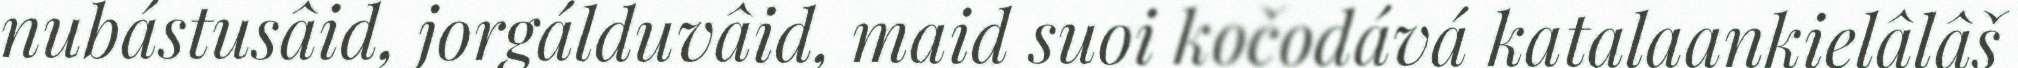
nubástusâid, jorgálduvâid, maid suoi kočodává katalaankielâlâš